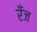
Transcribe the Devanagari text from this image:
रँज